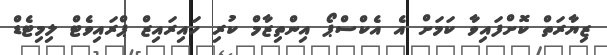
ޒިޔާރަތް ކޮށްފައިވާ ކަމަށް އެ އެކްސްޕޯ އިންތިޒާމް ކުރި ހައިރައިޒް ޕްރައިވެޓް ލިމިޓެޑް